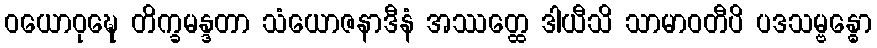
ဝယောဝုဍ္ဎေ တိက္ခမန္ဒတာ သံယောဇနာဒီနံ အဿတ္ထေ ဒါယီသိ သာမာဝတီပိ ပဒသမ္ဗန္ဓော